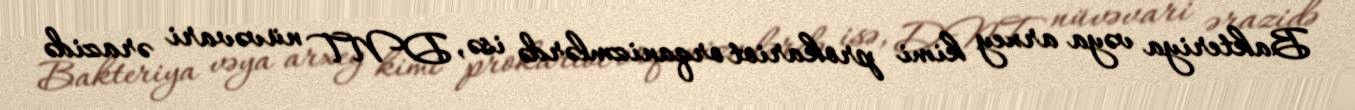
Bakteriya vəya arxey kimi prokariot orqanizmlərdə isə, DNT nüvəvari ərazidə